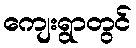
ကျေးရွာတွင်